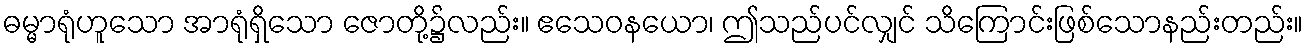
ဓမ္မာရုံဟူသော အာရုံရှိသော ဇောတို့၌လည်း။ ဧသေဝနယော၊ ဤသည်ပင်လျှင် သိကြောင်းဖြစ်သောနည်းတည်း။